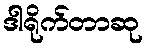
ဒါရိုက်တာဆု